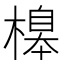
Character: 𣘶